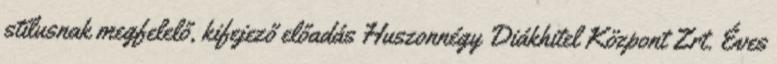
stílusnak megfelelő, kifejező előadás Huszonnégy Diákhitel Központ Zrt. Éves